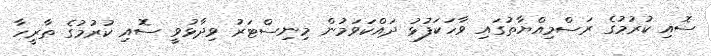
ސޮއި ކުރުމުގެ ރަސްމިއްޔާތުގައި ވާހަކަފުޅު ދައްކަވަމުން މިނިސްޓަރު ވިދާޅުވީ ސޮއި ކުރުމުގެ ތާރީހާ